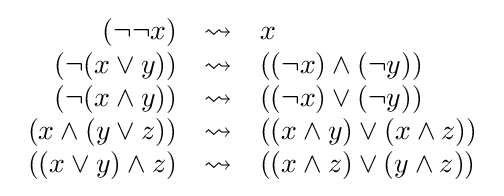
{\begin{array}{rcl}(\lnot \lnot x)&\rightsquigarrow &x\\(\lnot (x\lor y))&\rightsquigarrow &((\lnot x)\land (\lnot y))\\(\lnot (x\land y))&\rightsquigarrow &((\lnot x)\lor (\lnot y))\\(x\land (y\lor z))&\rightsquigarrow &((x\land y)\lor (x\land z))\\((x\lor y)\land z)&\rightsquigarrow &((x\land z)\lor (y\land z))\\\end{array}}